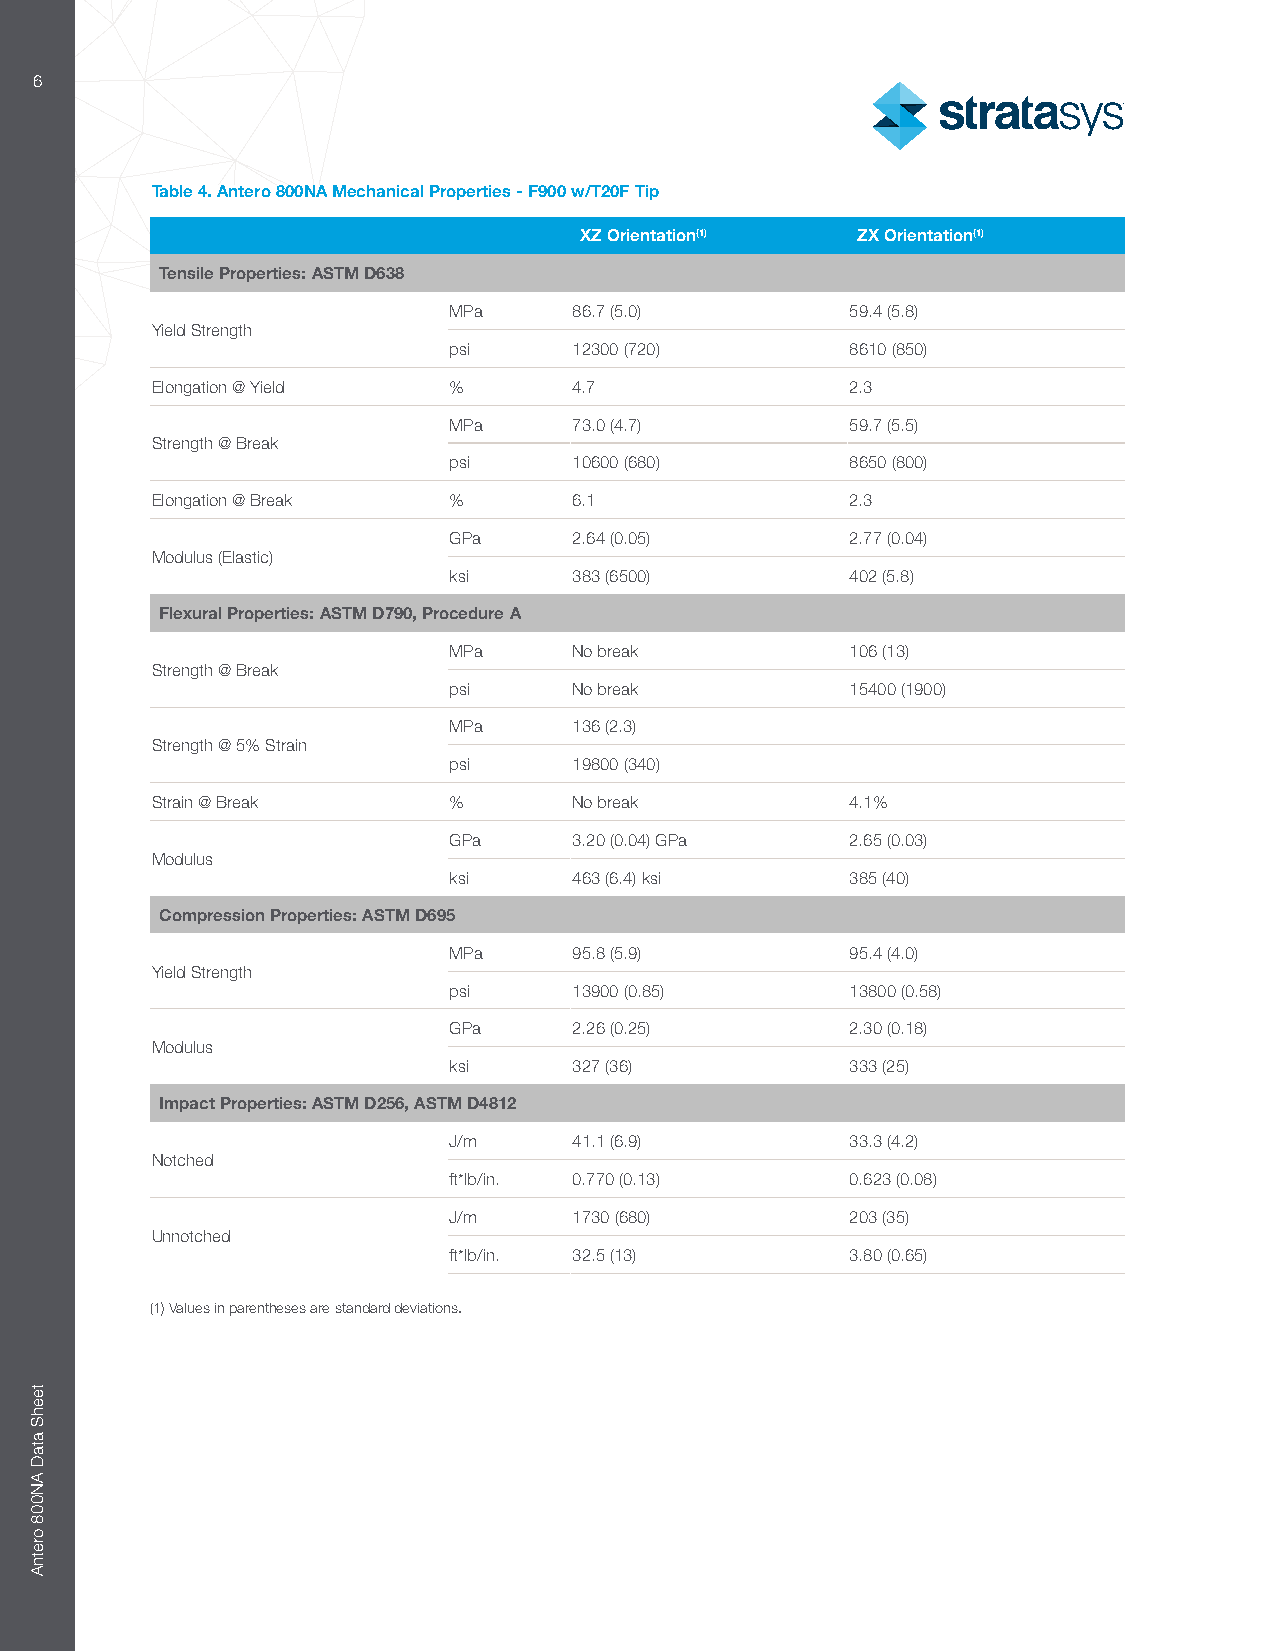
6
 Table 4. Antero 800NA Mechanical Properties - F900 w/T20F Tip
 XZ Orientation(1)  ZX Orientation(1)
 Tensile Properties: ASTM D638
 MPa     86.7 (5.0)        59.4 (5.8)
 Yield Strength
 psi     12300 (720)       8610 (850)
 Elongation @ Yield  %       4.7               2.3
 MPa     73.0 (4.7)        59.7 (5.5)
 Strength @ Break
 psi     10600 (680)       8650 (800)
 Elongation @ Break  %       6.1               2.3
 GPa     2.64 (0.05)       2.77 (0.04)
 Modulus (Elastic)
 ksi     383 (6500)        402 (5.8)
 Flexural Properties: ASTM D790, Procedure A
 MPa     No break          106 (13)
 Strength @ Break
 psi     No break          15400 (1900)
 MPa     136 (2.3)
 Strength @ 5% Strain
 psi     19800 (340)
 Strain @ Break      %       No break          4.1%
 GPa     3.20 (0.04) GPa   2.65 (0.03)
 Modulus
 ksi     463 (6.4) ksi     385 (40)
 Compression Properties: ASTM D695
 MPa     95.8 (5.9)        95.4 (4.0)
 Yield Strength
 psi     13900 (0.85)      13800 (0.58)
 GPa     2.26 (0.25)       2.30 (0.18)
 Modulus
 ksi     327 (36)          333 (25)
 Impact Properties: ASTM D256, ASTM D4812
 J/m     41.1 (6.9)        33.3 (4.2)
 Notched
 ft*lb/in. 0.770 (0.13)    0.623 (0.08)
 J/m     1730 (680)        203 (35)
 Unnotched
 ft*lb/in. 32.5 (13)       3.80 (0.65)
 (1) Values in parentheses are standard deviations.
 teehS
 ataD
 AN008
 oretnA